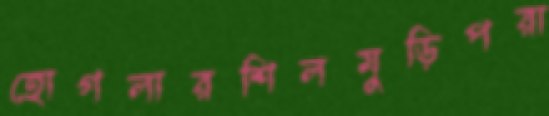
হোগলারশিলমুড়িপরা